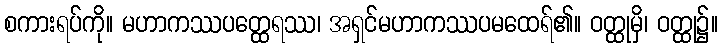
စကားရပ်ကို။ မဟာကဿပတ္ထေရဿ၊ အရှင်မဟာကဿပမထေရ်၏။ ဝတ္ထုမှိ၊ ဝတ္ထု၌။